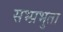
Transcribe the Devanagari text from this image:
सभ्प्रभुता